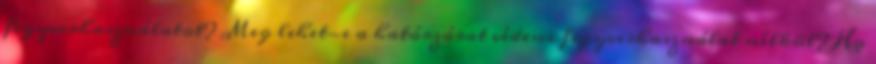
fegyverhasználatot? Meg lehet-e a határzárat védeni fegyverhasználat nélkül? Ha